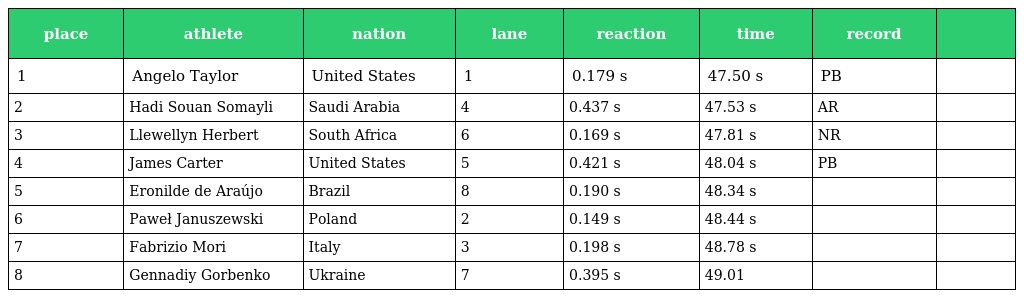
| place | athlete | nation | lane | reaction | time | record |  |
 | --- | --- | --- | --- | --- | --- | --- | --- |
 | 1 | Angelo Taylor | United States | 1 | 0.179 s | 47.50 s | PB |  |
 | 2 | Hadi Souan Somayli | Saudi Arabia | 4 | 0.437 s | 47.53 s | AR |  |
 | 3 | Llewellyn Herbert | South Africa | 6 | 0.169 s | 47.81 s | NR |  |
 | 4 | James Carter | United States | 5 | 0.421 s | 48.04 s | PB |  |
 | 5 | Eronilde de Araújo | Brazil | 8 | 0.190 s | 48.34 s |  |  |
 | 6 | Paweł Januszewski | Poland | 2 | 0.149 s | 48.44 s |  |  |
 | 7 | Fabrizio Mori | Italy | 3 | 0.198 s | 48.78 s |  |  |
 | 8 | Gennadiy Gorbenko | Ukraine | 7 | 0.395 s | 49.01 |  |  |